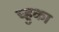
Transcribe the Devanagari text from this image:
च्हुका